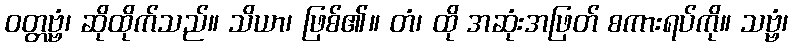
ဝတ္တဗ္ဗံ၊ ဆိုထိုက်သည်။ သိယာ၊ ဖြစ်၏။ တံ၊ ထို အဆုံးအဖြတ် စကားရပ်ကို။ သဗ္ဗံ၊